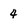
Character: 4